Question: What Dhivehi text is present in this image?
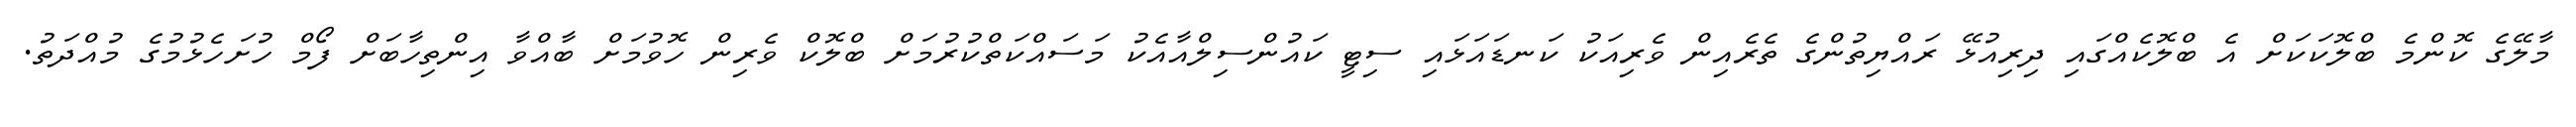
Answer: މާލޭގެ ކޮންމެ ބްލޮކަކަށް އެ ބްލޮކެއްގައި ދިރިއުޅޭ ރައްޔިތުންގެ ތެރެއިން ވެރިއަކު ކަނޑައަޅައި ސިޓީ ކައުންސިލްއާއެކު މަސައްކަތްކުރުމަށް ބްލޮކް ވެރިން ހޮވުމަށް ބާއްވާ އިންތިހާބަށް ފޯމް ހުށަހެޅުމުގެ މުއްދަތު.